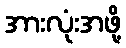
အားလုံးအဖို့